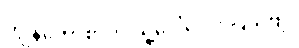
ကျွန်တော့်စာကို သူ့ဒေါ်လေး ပြသဗျ။